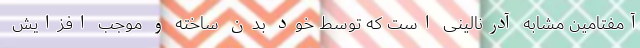
آمفتامین مشابه آدرنالینی است که توسط خود بدن ساخته و موجب افزایش